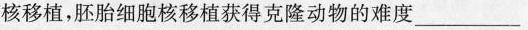
核移植获得克隆动物的难度___